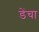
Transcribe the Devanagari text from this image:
डेंचा